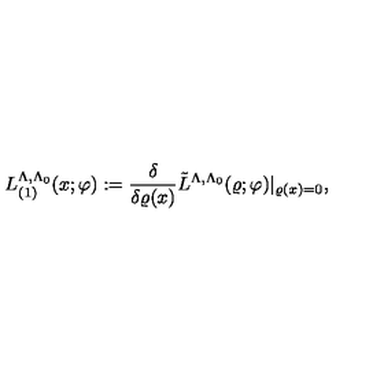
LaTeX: L _ { ( 1 ) } ^ { \Lambda , \Lambda _ { 0 } } ( x ; \varphi ) : = \frac { \delta } { \delta \varrho ( x ) } \tilde { L } ^ { \Lambda , \Lambda _ { 0 } } ( \varrho ; \varphi ) | _ { \varrho ( x ) = 0 } ,